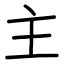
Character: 主